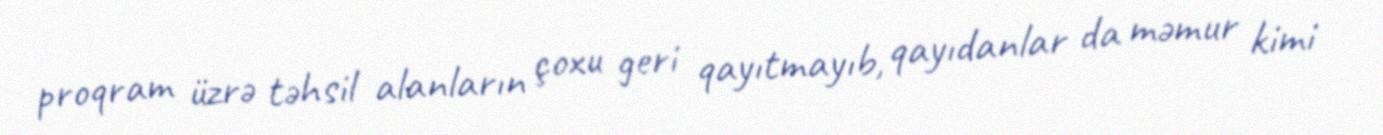
proqram üzrə təhsil alanların çoxu geri qayıtmayıb, qayıdanlar da məmur kimi